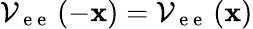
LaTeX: \mathcal{V}_{\mathrm{~e~e~}}\left(-{\mathbf x}\right)=\mathcal{V}_{\mathrm{~e~e~}}\left({\mathbf x}\right)